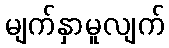
မျက်နှာမူလျက်